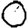
Digit: 0